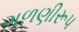
ગળણીરૂપ